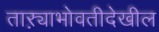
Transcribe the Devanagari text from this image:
ताऱ्याभोवतीदेखील